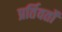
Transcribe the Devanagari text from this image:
प्रर्तिवर्तों